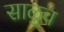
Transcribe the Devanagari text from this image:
साळुव